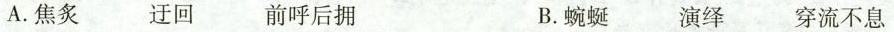
A.焦炙 迂回 前呼后拥 B.蜿蜒 演绎 穿流不息